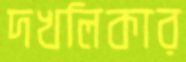
দখলিকার